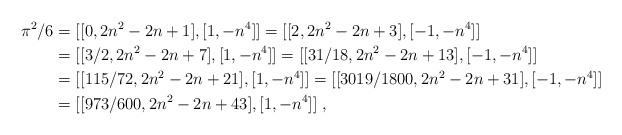
LaTeX: \begin{align*}\pi^2/6 &=[[0,2n^2-2n+1],[1,-n^4]]=[[2,2n^2-2n+3],[-1,-n^4]]\\ &=[[3/2,2n^2-2n+7],[1,-n^4]]=[[31/18,2n^2-2n+13],[-1,-n^4]]\\ &=[[115/72,2n^2-2n+21],[1,-n^4]]=[[3019/1800,2n^2-2n+31],[-1,-n^4]]\\ &=[[973/600,2n^2-2n+43],[1,-n^4]]\;,\end{align*}